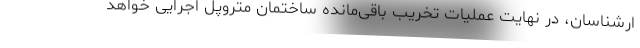
ارشناسان، در نهایت عملیات تخریب باقی‌مانده ساختمان متروپل اجرایی خواهد